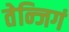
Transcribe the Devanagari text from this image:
तेन्जिगं